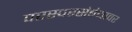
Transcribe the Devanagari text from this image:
परस्परसंबंधावर